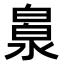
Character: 𣹻